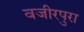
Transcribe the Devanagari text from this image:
वजीरपुरा